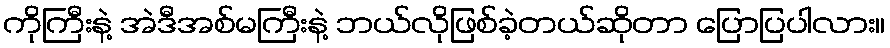
ကိုကြီးနဲ့ အဲဒီအစ်မကြီးနဲ့ ဘယ်လိုဖြစ်ခဲ့တယ်ဆိုတာ ပြောပြပါလား။